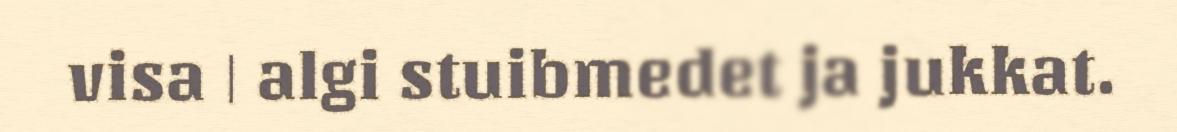
visa | algi stuibmedet ja jukkat.